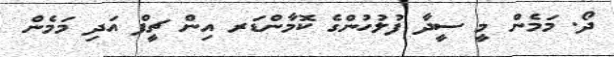
ދޯ. މަމެން މީ ސީދާ ފުލުހުންގެ ކޮމާންޑަރ އިން ޗީފް އަދި މަމެން